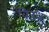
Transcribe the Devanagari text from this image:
विउध